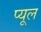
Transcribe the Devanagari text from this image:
प्यूल